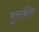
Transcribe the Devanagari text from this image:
मुत्तक़ीन